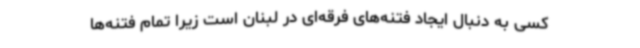
کسی به دنبال ایجاد فتنه‌های فرقه‌ای در لبنان است زیرا تمام فتنه‌ها